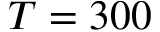
T = 3 0 0